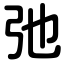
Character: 弛